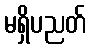
မရှိပညတ်